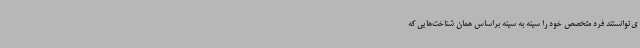
ی‌توانستند فرد متخصص خود را سینه به سینه براساس همان شناخت‌هایی که